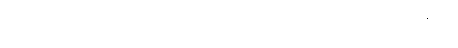
ကရောဟိ၊ ပြုလော။ ဣတိ၊ ဤသို့။ ပဋိဝေဒေသိ၊ ကြားပေ၏။ ဘိက္ခဝေ၊ ရဟန်းတို့။